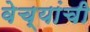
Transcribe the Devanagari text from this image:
वेच्यांची